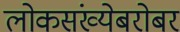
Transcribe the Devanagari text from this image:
लोकसंख्येबरोबर